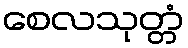
စေလသုတ္တံ